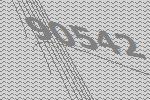
90542